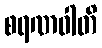
စရဏဝါတိ